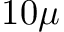
1 0 \mu